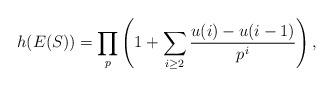
LaTeX: \begin{align*}h(E(S))=\prod_{p}\left(1+\sum_{i\geq2}\frac{u(i)-u(i-1)}{p^i}\right),\end{align*}